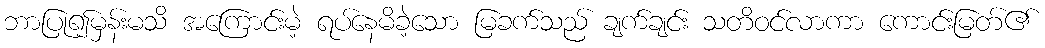
ဘာပြု၍မှန်းမသိ အကြောင်းမဲ့ ရပ်နေမိခဲ့သော မြခက်သည် ချက်ချင်း သတိဝင်လာကာ ကောင်းမြတ်၏